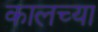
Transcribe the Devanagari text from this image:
कालच्या